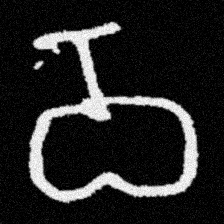
Pyu character \u2014 Myanmar letter: ဝ (romanized: wa)